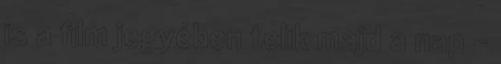
is a film jegyében telik majd a nap –